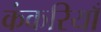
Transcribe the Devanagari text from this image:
कंकरियाँ